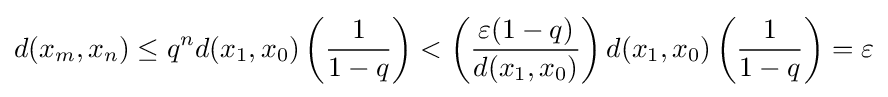
d(x_{m},x_{n})\leq q^{n}d(x_{1},x_{0})\left({\frac {1}{1-q}}\right)<\left({\frac {\varepsilon (1-q)}{d(x_{1},x_{0})}}\right)d(x_{1},x_{0})\left({\frac {1}{1-q}}\right)=\varepsilon